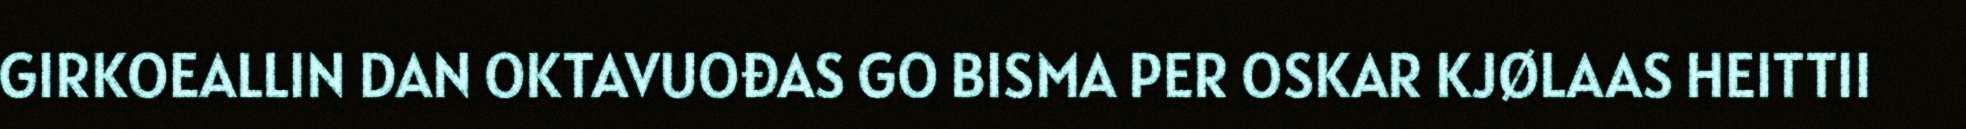
GIRKOEALLIN DAN OKTAVUOĐAS GO BISMA PER OSKAR KJØLAAS HEITTII